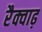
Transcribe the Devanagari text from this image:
रैक्वाढ़